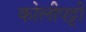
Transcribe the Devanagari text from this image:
कोलीपट्टी